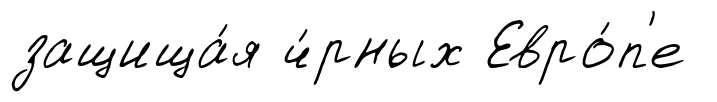
защища́я ч́рных Евро́п'е